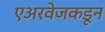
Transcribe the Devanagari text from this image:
एअरवेजकडून